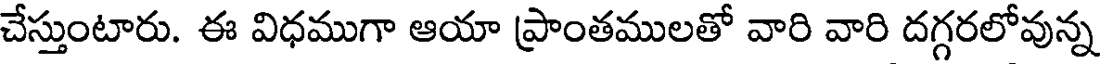
చేస్తుంటారు. ఈ విధముగా ఆయా ప్రాంతములతో వారి వారి దగ్గరలోవున్న